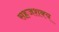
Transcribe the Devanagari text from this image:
सहजशक्‍य